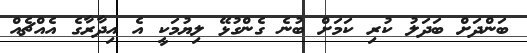
ބަންދަށް ބަދަލު ކުރި ކަމަށް ބުނެ ގެންގުޅޭ ލިޔުމަކީ އެ އިދާރާގެ އެއްޗެއް